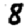
Digit: 8